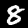
Label: 8